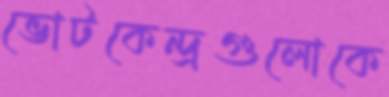
ভোটকেন্দ্রগুলোকে